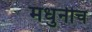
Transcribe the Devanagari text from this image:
मधुनीच